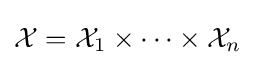
{\mathcal {X}}={\mathcal {X}}_{1}\times \dots \times {\mathcal {X}}_{n}